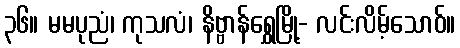
၃၆။ မမပုညံ၊ ကုသလံ၊ နိဗ္ဗာန်ရွှေမြို့- လင်းလိမ့်သောဝ်။